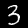
Label: 3